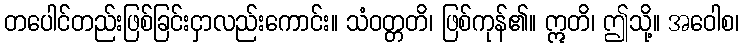
တပေါင်တည်းဖြစ်ခြင်းငှာလည်းကောင်း။ သံဝတ္တတိ၊ ဖြစ်ကုန်၏။ ဣတိ၊ ဤသို့။ အဝေါစ၊